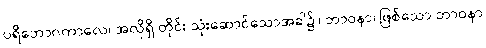
ပရိဘောဂကာလေ၊ အလိုရှိ တိုင်း သုံးဆောင်သောအခါ၌။ ဘာဝနာ၊ ဖြစ်သော ဘာဝနာ